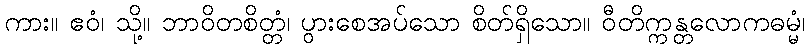
ကား။ ဧဝံ၊ သို့။ ဘာဝိတစိတ္တံ၊ ပွားစေအပ်သော စိတ်ရှိသော။ ဝီတိက္ကန္တလောကဓမ္မံ၊